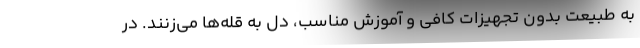
به طبیعت بدون تجهیزات کافی و آموزش مناسب، دل به قله‌ها می‌زنند. در